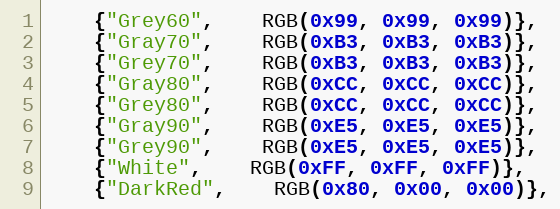
Language: C++
	{"Grey60",	RGB(0x99, 0x99, 0x99)},
	{"Gray70",	RGB(0xB3, 0xB3, 0xB3)},
	{"Grey70",	RGB(0xB3, 0xB3, 0xB3)},
	{"Gray80",	RGB(0xCC, 0xCC, 0xCC)},
	{"Grey80",	RGB(0xCC, 0xCC, 0xCC)},
	{"Gray90",	RGB(0xE5, 0xE5, 0xE5)},
	{"Grey90",	RGB(0xE5, 0xE5, 0xE5)},
	{"White",	RGB(0xFF, 0xFF, 0xFF)},
	{"DarkRed",	RGB(0x80, 0x00, 0x00)},